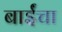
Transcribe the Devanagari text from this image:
बाईंचा